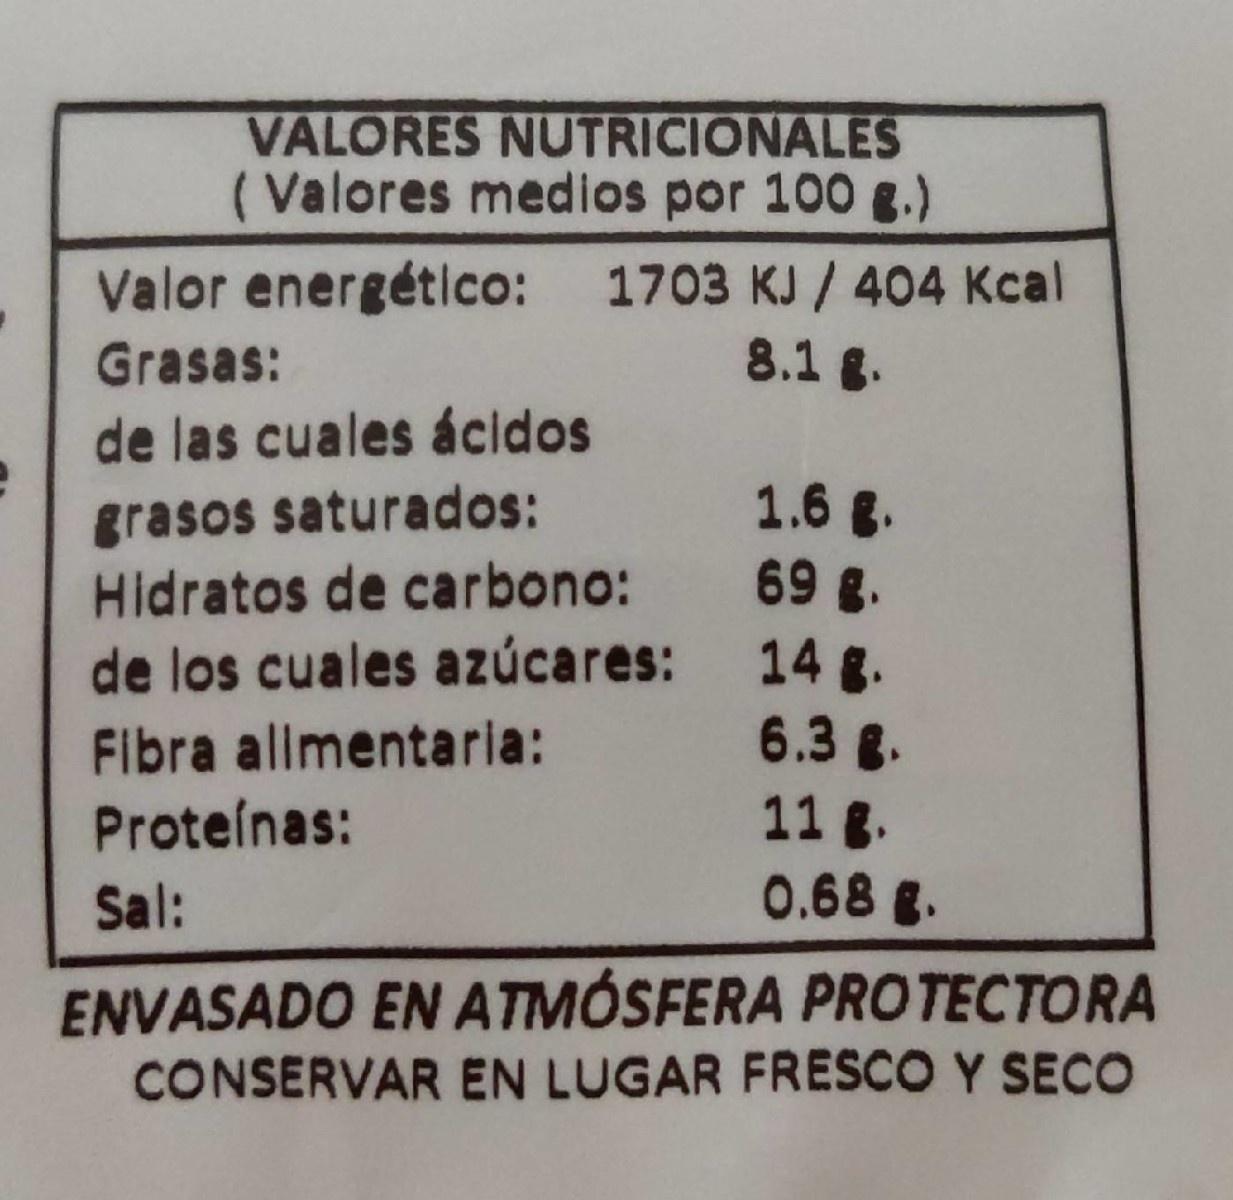
VALORES NUTRICIONALES ( Valores medios por 100 g.)
Valor energético: 1703 KJ / 404 Kcal
Grasas:
8.1 g.
de las cuales ácidos
grasos saturados: Hidratos de carbono:
1.6 g. 69 g.
14 g. 6.3 g.
de los cuales azúcares:
Fibra alimentaria:
11 g. 0.68 g.
Proteínas:
Sal:
ENVASADO EN ATMÓSFERA PROTECTORA CONSERVAR EN LUGAR FRESCO Y SECO